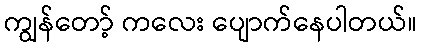
ကျွန်တော့် ကလေး ပျောက်နေပါတယ်။